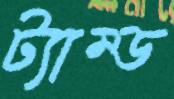
ট্যাম্ড